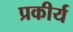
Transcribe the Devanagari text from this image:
प्रकीर्य